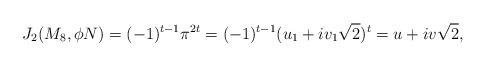
LaTeX: \begin{align*}J_2(M_8, \phi N) = (-1)^{t-1}\pi^{2t}=(-1)^{t-1}(u_1 +iv_1\sqrt{2})^t=u+iv\sqrt{2},\end{align*}